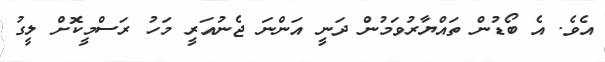
އެވެ. އެ ބޯޑުން ތައްޔާރުވަމުން ދަނީ އަންނަ ޖެނުއަރީ މަހު ރަސްމީކޮށް ލީގު